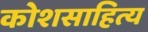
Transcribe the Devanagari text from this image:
कोशसाहित्य